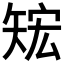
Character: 𥏕